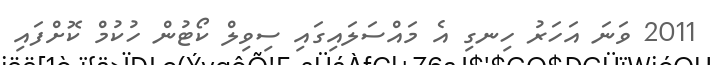
2011 ވަނަ އަހަރު ހިނގި އެ މައްސަލައިގައި ސިވިލް ކޯޓުން ހުކުމް ކޮށްފައި